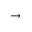
\rightarrow